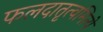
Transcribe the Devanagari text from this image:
फलदातृत्वमित्ये